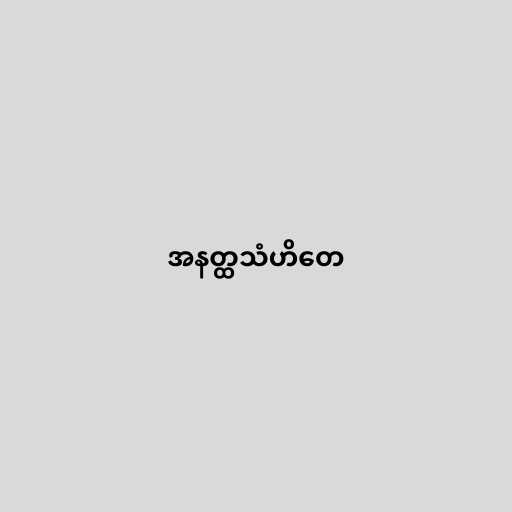
အနတ္ထသံဟိတေ